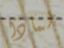
لماذا